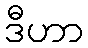
ဒီဟာ